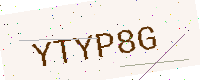
Text: YTYP8G